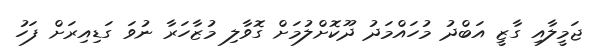
ޖަމީލާއި ގާޒީ އަބްދު މުހައްމަދު ދޫކޮށްލުމަށް ގޮވާލި މުޒާހަރާ ނުވަ ގަޑިއިރަށް ފަހު